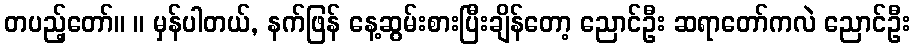
တပည့်တော်။ ။ မှန်ပါတယ်, နက်ဖြန် နေ့ဆွမ်းစားပြီးချိန်တော့ ညောင်ဦး ဆရာတော်ကလဲ ညောင်ဦး